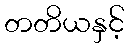
တတိယနှင့်